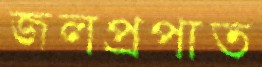
জলপ্রপাত